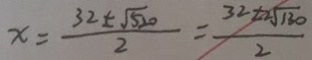
x = \frac { 3 2 \pm \sqrt { 5 2 0 } } { 2 } = \frac { 3 2 \pm 2 \sqrt { 1 3 0 } } { 2 }